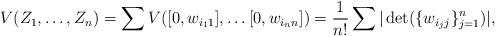
LaTeX: \begin{align*}V(Z_1, \dots, Z_n)=\sum V([0, w_{i_11}],\dots [0, w_{i_nn}])= \frac{1}{n!}\sum|\det(\{w_{i_jj}\}_{j=1}^n)|,\end{align*}